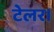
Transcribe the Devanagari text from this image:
टेलर।